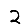
Digit: 2